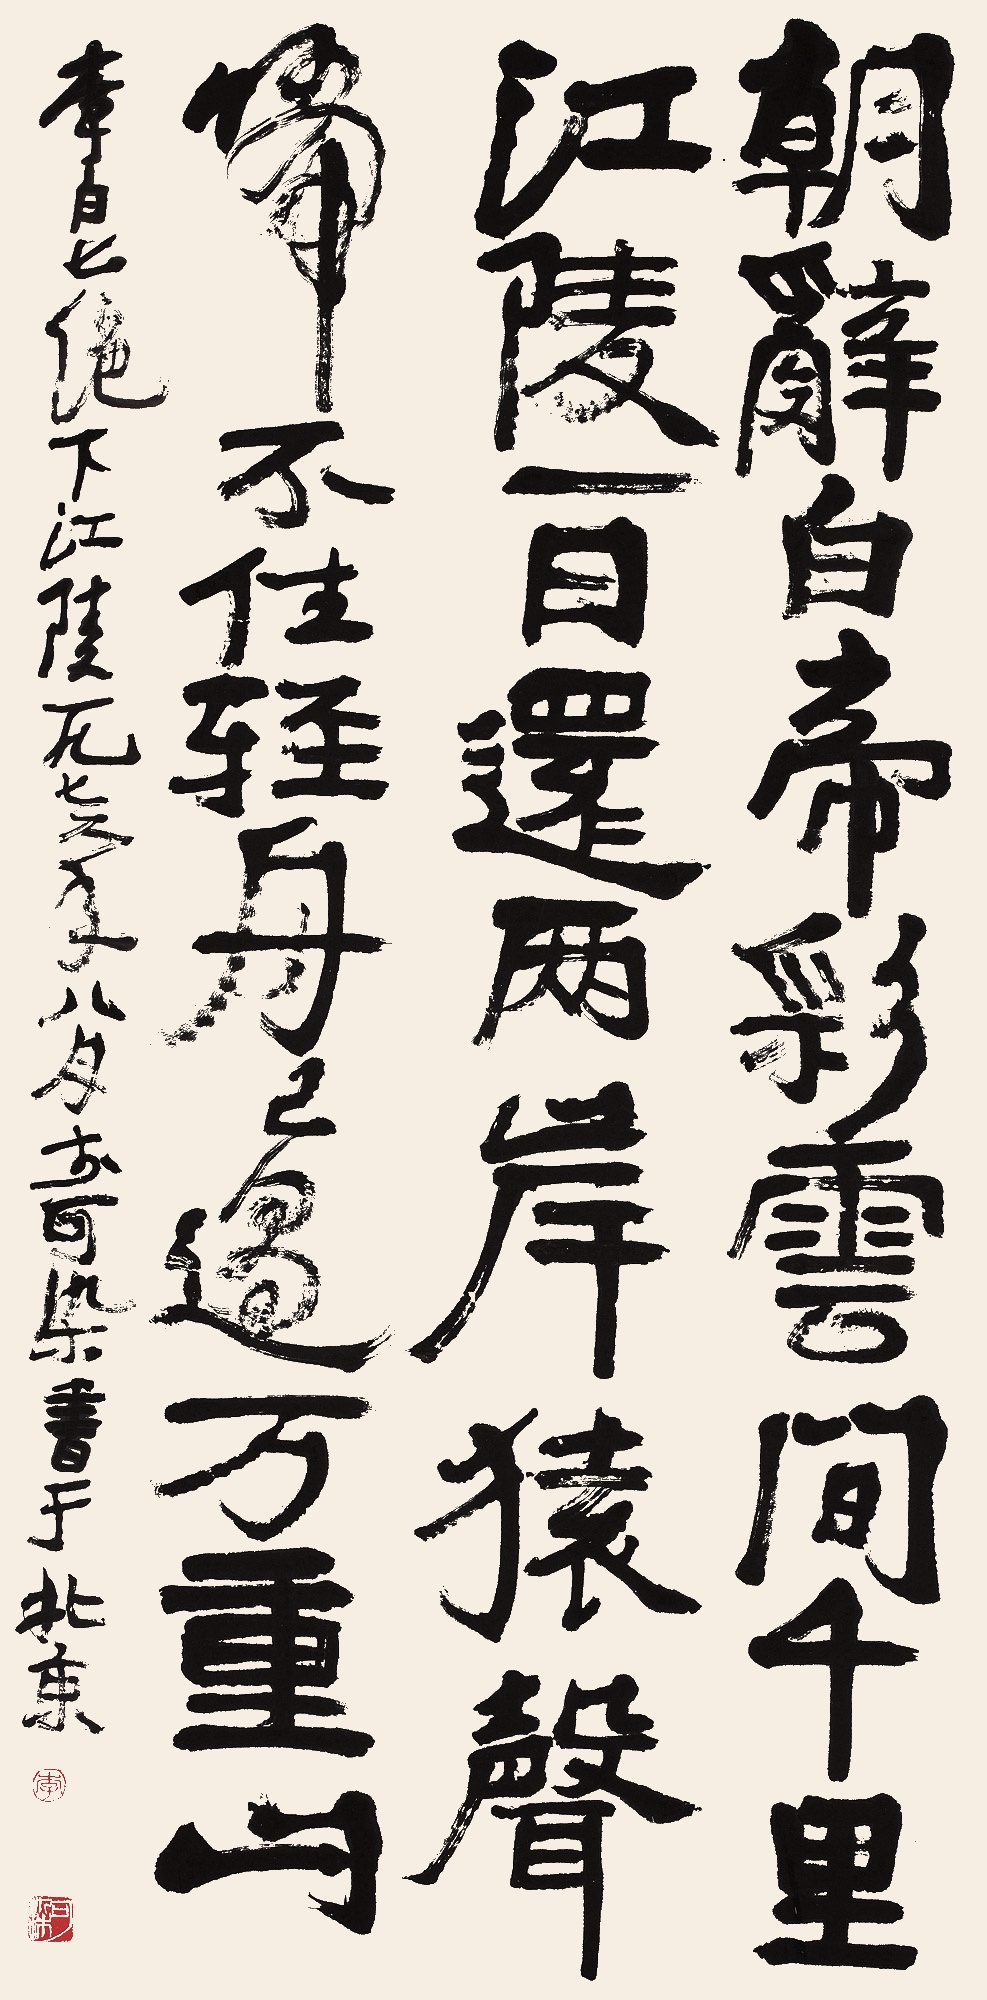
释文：朝辞白帝彩云间，千里江陵一日还。两岸猿声啼不住，轻舟已过万重山。李白七绝下江陵。一九七六年八月，李可染书于北京。